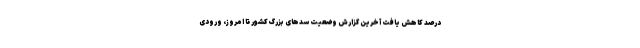
درصد کاهش یافت آخرین گزارش‌ وضعیت سدهای بزرگ کشور تا امروز، ورودی